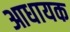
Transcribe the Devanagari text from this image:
आधायक